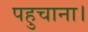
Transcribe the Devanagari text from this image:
पहुचाना।